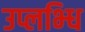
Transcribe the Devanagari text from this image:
उप्लभ्धि